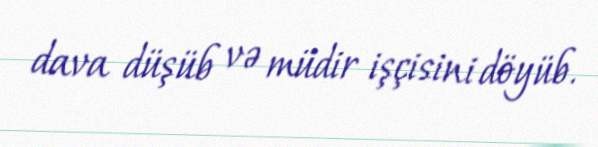
dava düşüb və müdir işçisini döyüb.